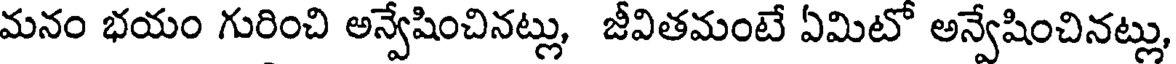
మనం భయం గురించి అన్వేషించినట్లు, జీవితమంటే ఏమిటో అన్వేషించినట్లు,